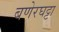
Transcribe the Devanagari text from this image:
बणेरघट्टा